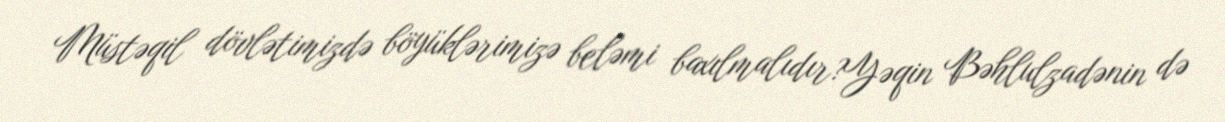
Müstəqil dövlətimizdə böyüklərimizə beləmi baxılmalıdır?Yəqin Bəhlulzadənin də